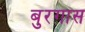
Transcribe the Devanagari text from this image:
बुरगास